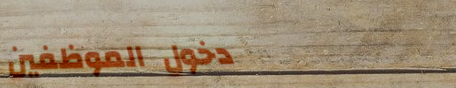
دخول الموظفين